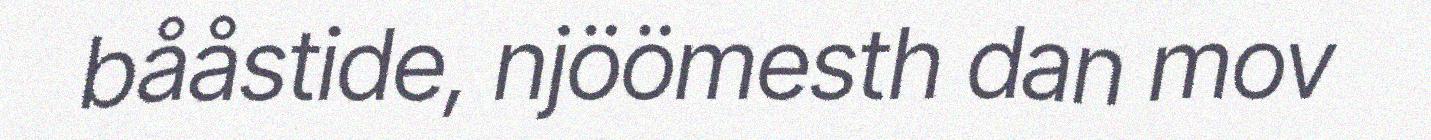
bååstide, njöömesth dan mov